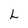
Character: L